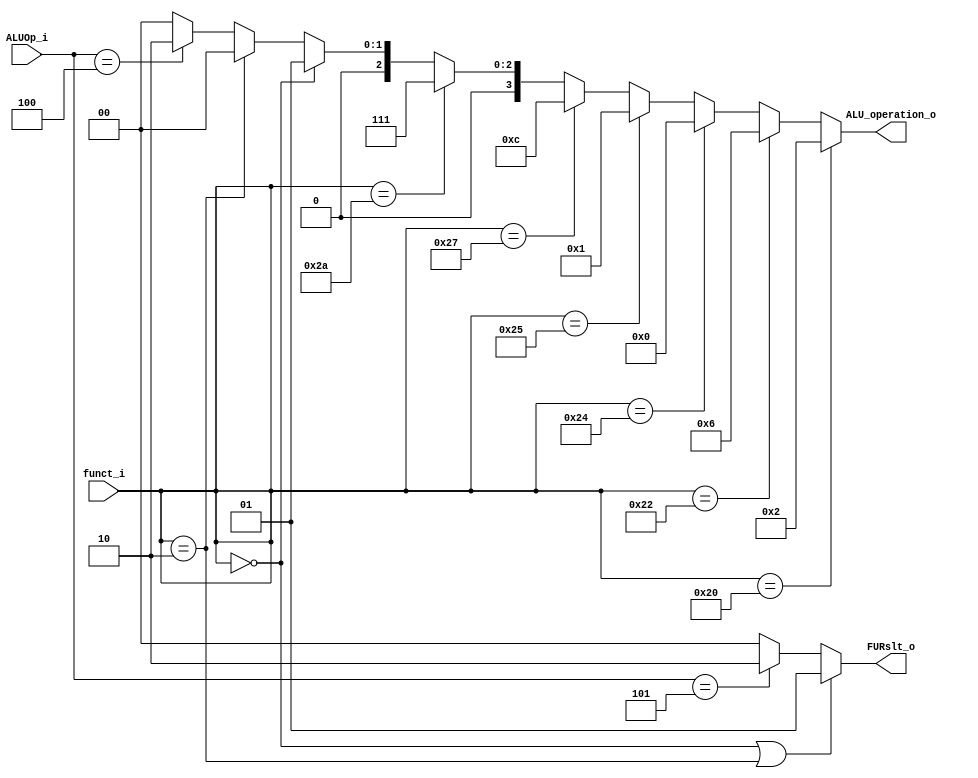
module ALU_Ctrl( funct_i, ALUOp_i, ALU_operation_o, FURslt_o );

//I/O ports 
input      [6-1:0] funct_i;
input      [3-1:0] ALUOp_i;

output     [4-1:0] ALU_operation_o;  
output     [2-1:0] FURslt_o;
     
//Internal Signals
wire		[4-1:0] ALU_operation_o;
wire		[2-1:0] FURslt_o;

//Main function
/*your code here*/
assign ALU_operation_o = (funct_i == 6'd32)? 4'b0010:
						(funct_i == 6'd34)? 4'b0110:
						(funct_i == 6'd36)? 4'b0000:
						(funct_i == 6'd37)? 4'b0001:
						(funct_i == 6'd39)? 4'b1100:
						(funct_i == 6'd42)? 4'b0111:
						(funct_i == 6'd0)? 4'b0001:
						(funct_i == 6'd2)? 4'b0000:
						(ALUOp_i == 3'd4)? 4'b0010:
						4'b0000;
assign FURslt_o = (funct_i == 6'd0 || funct_i == 6'd2)? 2'b01:
				(ALUOp_i == 3'd5)? 2'b10 : 2'b00;




endmodule